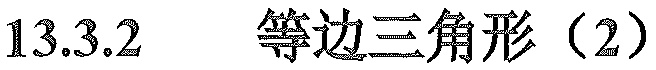
$13.3.2\quad 等边三角形（2）$